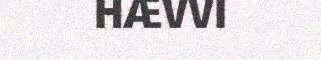
HÆVVI